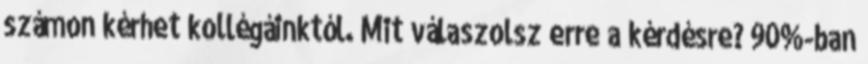
számon kérhet kollégáinktól. Mit válaszolsz erre a kérdésre? 90%-ban